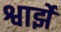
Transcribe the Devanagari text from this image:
श्वार्झे